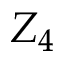
Z _ { 4 }